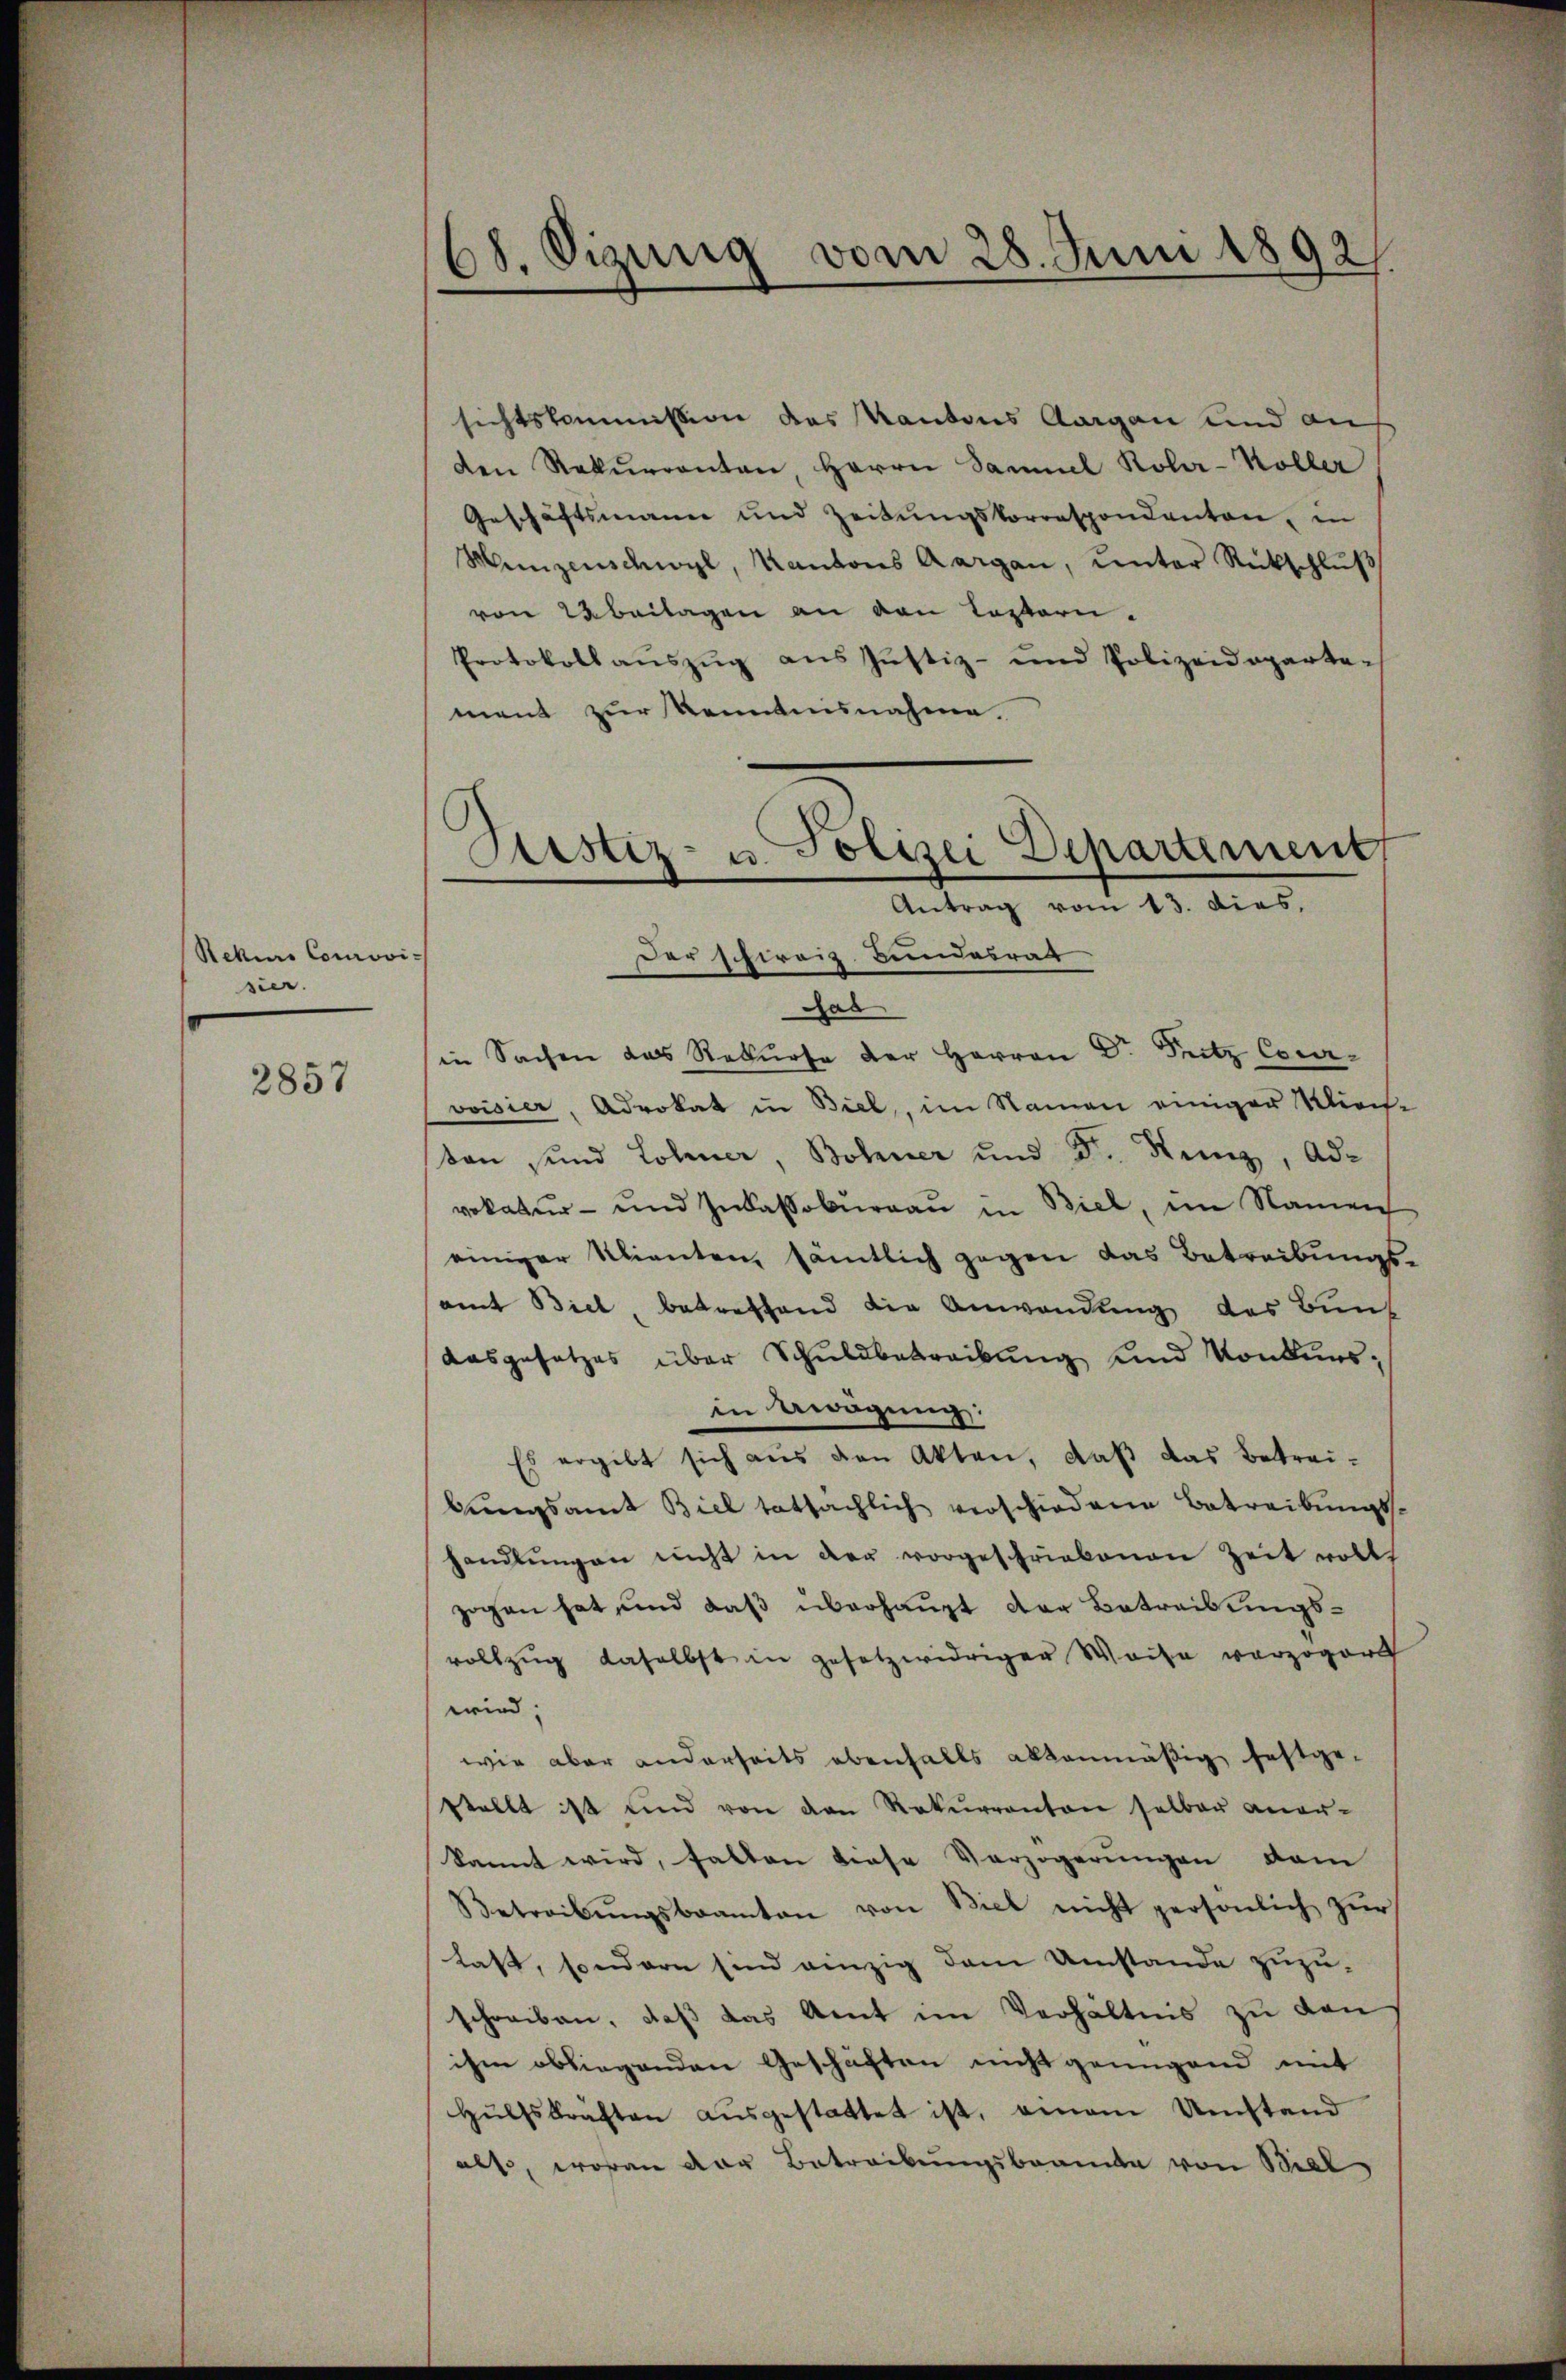
Rekurs Courovi
sier.

2857

68. Sizung vom 28. Juni 1892.

sichtskommission des Kantons Aargau und an
den Rekurrenten, Herrn Samuel Koler-Koller
Geschäftsmann und Zeitŭngskorrespondanten, in
Menzenschwyl, Kantons Aargau, unter Rückschlŭβ
von 2 beilagen an den Textern-
Protokoll aŭszŭg ans Justiz- und Polizeideparte-
ment zur Kenntnisnahme.
Der schweiz. Bundesrat
das
in Sachen das Rekurse der Herren Dr. Pritz Courvoisier, Advokat in Biel, im Namen einiger Kirch
ton sind Lohner Bohner und Dr. Kunz, Advokatur- und Inkassoburgau in Biel, im Namen
einiger Klienten, sämtlich gegen das Betreibungsamt Biel, betreffend die Anwendung des Bunf
aasgesetzes über Schuldbetreibung und Konkursin Aragung:
Es ergibt sich aus den Akten, daß das Betreibungsamt Biel tatsächlich verschiedene Betreibungs-
handlŭngen nicht in der vorgeschriebenen Zeit volls
zogen hat und daß überhaupt der Betreibungsvollzŭg daselbst in gesetzwidriger Weise verzögert
wird;
wie aber anderseits ebenfalls altenmäßig festgestellt ist und von den Rekŭrranton selber aner-
kannt wird, fallen diese Verzögerungen dem
Betreibŭngsbeamten von Biel nicht persönlich zŭr
last, sondern sind einzig dem Umstände zuzuschreiben, daß das Amt im Verhältnis zu den
ihm obliegenden Geschäften nicht genügend mit
Hülfskräften aŭsgestattet ist, einem Umstand
als, woran der Betreibungsbeamte von Biel

Justiz- u. Polizei Departement,
Antrag vom 13. dies.